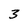
Character: 3